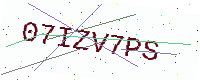
Text: 07IZV7PS